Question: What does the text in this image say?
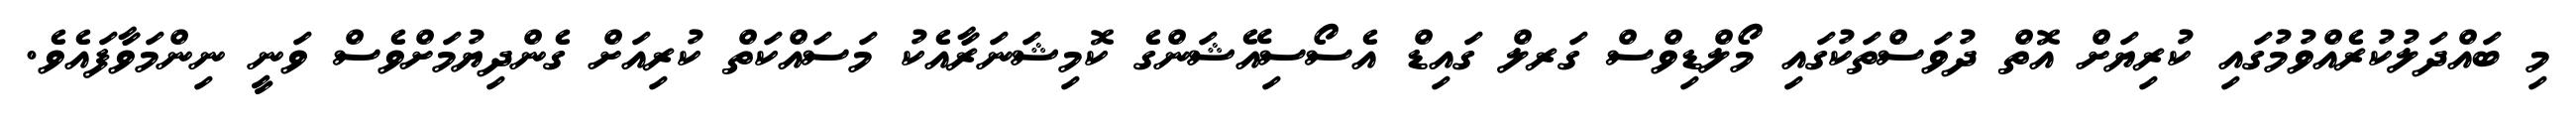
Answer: މި ބައްދަލުކުރެއްވުމުގައި ކުރިޔަށް އޮތް ދުވަސްތަކުގައި މޯލްޑިވްސް ގަރލް ގައިޑް އެސޯސިއޭޝަންގެ ކޮމިޝަނަރާއެކު މަސައްކަތް ކުރިއަށް ގެންދިޔުމަށްވެސް ވަނީ ނިންމަވާފައެވެ.